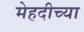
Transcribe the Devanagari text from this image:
मेहदीच्या